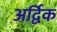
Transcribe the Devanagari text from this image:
अर्द्विक